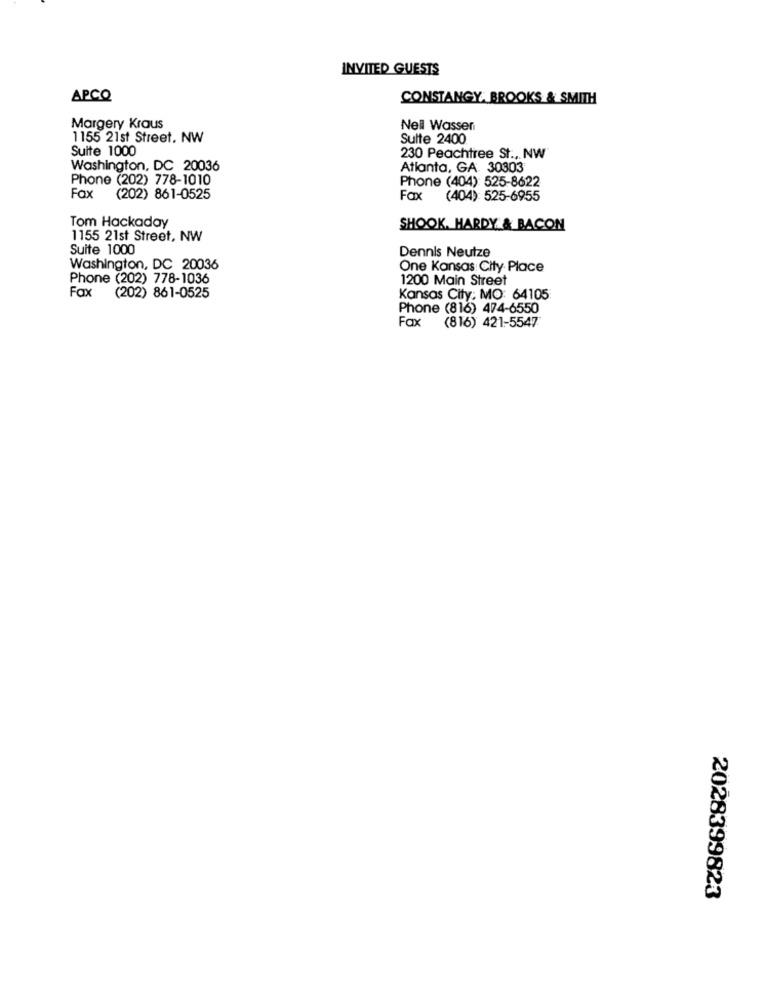
INVITED GUESTS
APCO
CONSTANGY. BROOKS & SMITH
Margery Kraus
Nell Wasser
1155 21st Street, NW
Sulte 2400
Suite 1000
230 Peachtree St ., NW
Washington, DC 20036
Atlanta, GA 30303
Phone (202) 778-1010
Phone (404): 525-8622
Fax
(202) 861-0525
Fax
(404): 525-6955
Tom Hackaday
SHOOK. HARDY & BACON
1155 21st Street, NW
Suite 1000
Dennis Neutze
Washington, DC 20036
One Kansas City Place
Phone (202) 778-1036
1200 Main Street
Fax (202) 861-0525
Kansas City: MO: 64105
Phone (816) 474-6550
Fax (816) 421-5547
2028399823